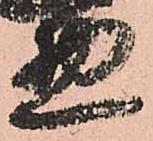
惣